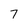
Character: 7